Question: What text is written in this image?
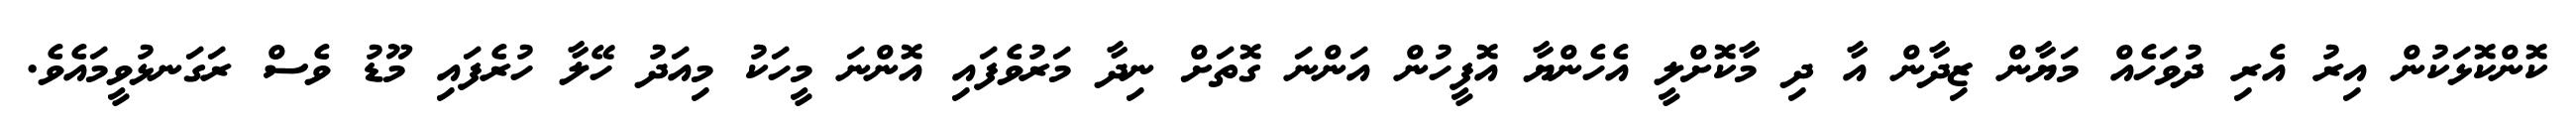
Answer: ކޮންކޮޅަކުން އިރު އެރި ދުވަހެއް މަޔާން ޒިދާން އާ ދި މާކޮށްލީ އެހެންޔާ އޮފީހުން އަންނަ ގޮތަށް ނިދާ މަރުވެފައި އޮންނަ މީހަކު މިއަދު ހޭލާ ހުރެފައި މޫޑު ވެސް ރަގަނޅުވީމައެވެ.